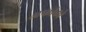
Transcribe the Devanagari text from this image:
अफ्रीको